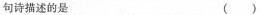
句诗描述的是 ( )